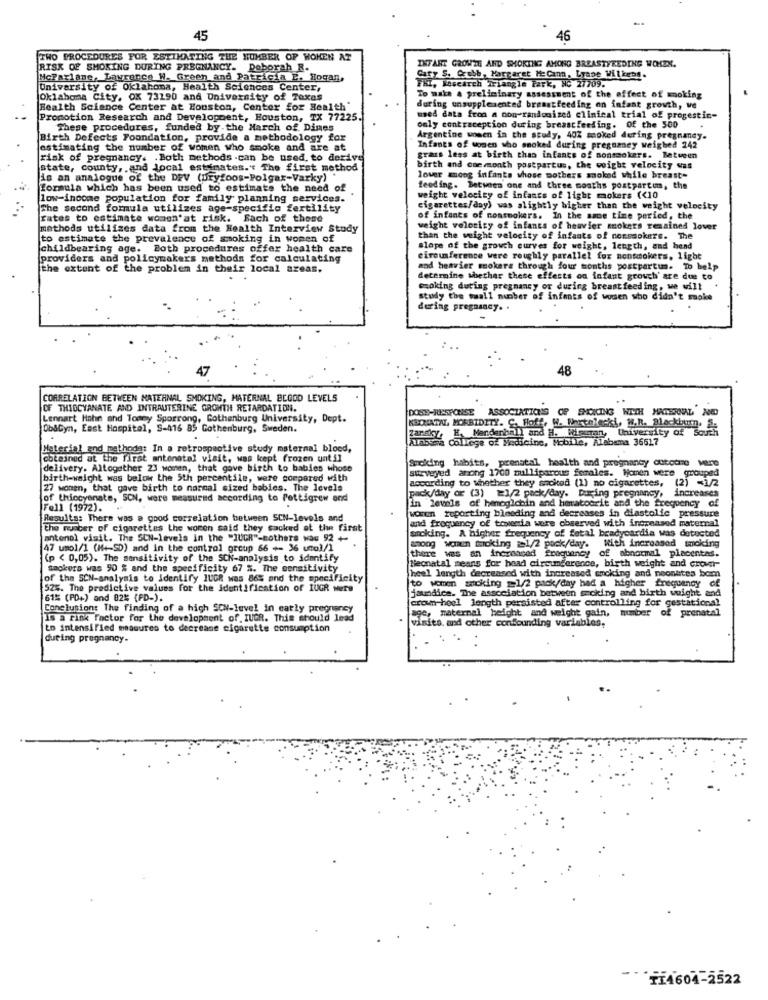
45
46
TWO PROCEDURES FOR ESTIMATING THE NUMBER OF WOMEN AT
RISK OF SMOKING DURING PREGNANCY. Deborah R.
INFART GROWTH AND SMOKING AMONG BREASTFEEDING WORKEN.
McFarlane, Lawrence W. Green and Patricia E. Hogan,
Cary S. Czubb, Margaret HeCan, Lyape Wilken !.
University of Oklahoma, Health Sciences Center,
TKI, Research Triangle Park, NC 27709.
Oklahoma City, OK 73190 and University of Texas
To make a preliminary assessment of the effect of moking
Health Science Center at Houston, Center for Health'
during unsupplemented breastfeeding on infant growth, ve
Promotion Research and Development, Houston, TX 77225.
med data from a non-randomized clinical trial of progestin-
These procedures, funded by the March of Dines
only contraception during breastfeeding. Of the 500
Birth Defects Foundation, provide a methodology for
Argentine women in the study, 40% smoked during pregnancy.
estimating the number of women who smoke and are at
Infants of women who smoked during pregomey weighed 242
risk of pregnancy. . Both methods .can be used, to derive
grass less at birth than infants of nonsmokers. Between
state, county, . and local estimates." The first method
birth and commonth postpartus, the weight velocity was
is an analogue of the DEV (Dryfoos-Polgar-Varky) "
lover anoog infants whose mothers smoked while breast-
formula which has been used to estimate the need of
feeding. Between one and three months postpartum, the
low-income population for family planning services.
weight velocity of infants of light mokers (<10
The second formula utilizes age-specific fertility
cigarettes/day) was slightly higher than the weight velocity
rates to estimate women'at risk. Sach of those
of infants of nonsmokers. In the same time peried, the
methods utilizes data from the Health Interview Study
weight velocity of infants of heavier smokers remained lover
to estimate the prevalence of smoking in women of
than the weight velocity of infants of nonsmokers. The
childbearing age. Both procedures offer health care
slope of the growth curves for weight, length, and head
providers and policymakers methods for calculating
circumference were roughly parallel for nonsmokers, light
the extent of the problem in their local areas.
and heavier mokers through four months postpartums. To help
determine whether these effects on infant grouch' are due to
cooking during pregnancy or during breastfeeding, we will
study the wall munber of infants of women who didn't moke
during pregnancy. .
48
CORRELATION BETWEEN MATERNAL SMOKING, MATERNAL BLOOD LEVELS
OF THIOCYANATE AND INTRAUTERINE GROWTH RETARDATION.
DOSE-RESPONSE
ASSOCIATIONS OF SMOKING WITH MATERNAL NED
Lennart Hahn and Tommy Sporrong, Gothenburg University, Dept.
KBONATAL, MORBIDITY. C. Hoff, W. Wartolecki, H.R. Blackburn. S.
Ob&Cyn, East Hospital, S-416 85 Gothenburg, Sweden.
University of South
ATmosma College of Medicine, Mobile, Alabama 36617
E, Mendenhall and H. Hiscan,
Material and methods: In a retrospective study maternal blood,
obtained at the first antenatal visit, was kept frozen until
Smoking habits, prenatal health and pregnancy outcome Mere
delivery. Altogether 23 women, that gave birth Lo babies whose
surveyed anong 1700 milliparous females. Women were grouped
birth-waight was below the 5th percentile, were compared with
according to whether they smoked (1) no cigarettes,
(2) -1/2
27 women, that gave birth to normal sized babies. The levels
pack/day or (3) =1/2 pack/day. During pregnancy, increases
of thiccyanate, SON, were measured according to Pettigrew and
Fell (1972).
in levels of hemoglobin and hmatoerit and the frequency of
Results: There was a good correlation between SCN-levels and
women reporting bleeding and decreases in diastolic pressure
and frequency of towania were observed with increased maternal
the member of cigarettes the women said they sacked of the first
antenel visit. The SUN-levels in the "IUGR"-Bothers was 92 +
smoking. A higher frequency of fetal bradycardia was detected
47 umol/1 (M+-SD) and in the control group 66 +- 36 utol/1
among women twoking 21/2 pack/day.
there was an increased frequency of abnormal placentas.
With increased mmoking
(p < 0,05). The sensitivity of the SCN-analysis to identify
Neonatal means for head circumference, birth weight and crown-
Backers was 90 % and the specificity 67 %. The sensitivity
heel length decreased with increased smoking and neonttes bom
of the SCN-analysis to Identify IUGR was 86% and the specificity
to women stoking =1/2 pack/day had a higher frequency of
525. The predictive values for the identification of IUGR wers
jaundice. The association between smoking and birth weight and
61% (PD+) and 82% (PD-).
crown-hoel length persisted after controlling for gestational
Conclusions The finding of a high SCH-level in early pregnancy
age, maternal height and weight gain, number of prenatal
Is a risk factor for the development of IUGR. This should lead
to intensified measures to decrease cigarette consumption
visits, and other confounding variables,
during pregnancy-
-
TI4604-2522